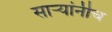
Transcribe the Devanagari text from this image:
सार्‍यांनीच